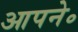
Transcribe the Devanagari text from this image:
आपने॰